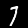
Label: 7